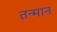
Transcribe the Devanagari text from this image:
तन्मान